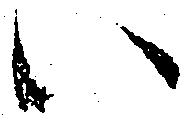
い